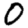
Digit: 0